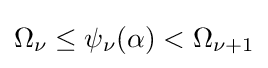
\Omega _{\nu }\leq \psi _{\nu }(\alpha )<\Omega _{\nu +1}